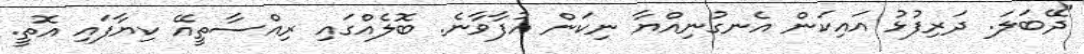
"ދޭބަލަ. ދަރިފުޅު އައިކަން އެނގުނިއްޔާ ނިކަން އުފާވާނެ. ބޮލެއްގައި ރިއްސާތީއޭ ކިޔާފައި އޮތީ.